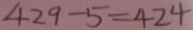
4 2 9 - 5 = 4 2 4